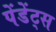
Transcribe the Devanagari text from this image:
पेंडेंट्स